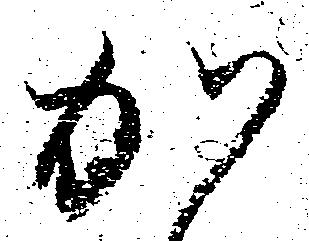
か